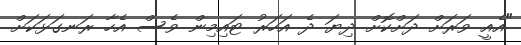
"އެއީ ވަރަށް ދަށްކޮށް ދިޔަ ދެ އަހަރު ޓައިމިން ވެސް އެހާ ރަނގަޅަކަށް